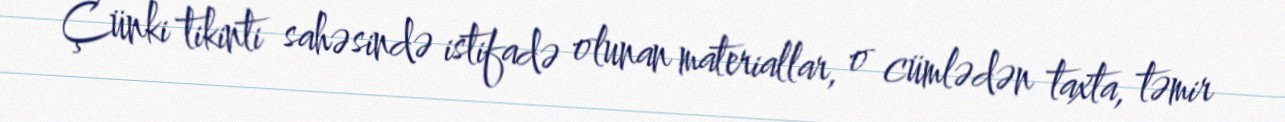
Çünki tikinti sahəsində istifadə olunan materiallar, o cümlədən taxta, təmir